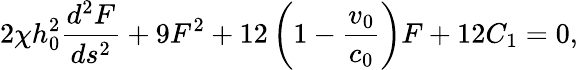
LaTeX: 2\chi h_{0}^{2}\frac{d^{2}F}{ds^{2}}+9F^{2}+12\left(1-\frac{v_{0}}{c_{0}}\right)F+12C_{1}=0,